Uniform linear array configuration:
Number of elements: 64
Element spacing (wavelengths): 0.25
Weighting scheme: cosine
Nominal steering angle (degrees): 60
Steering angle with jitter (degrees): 58.237
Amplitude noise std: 0.05
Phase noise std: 0.05

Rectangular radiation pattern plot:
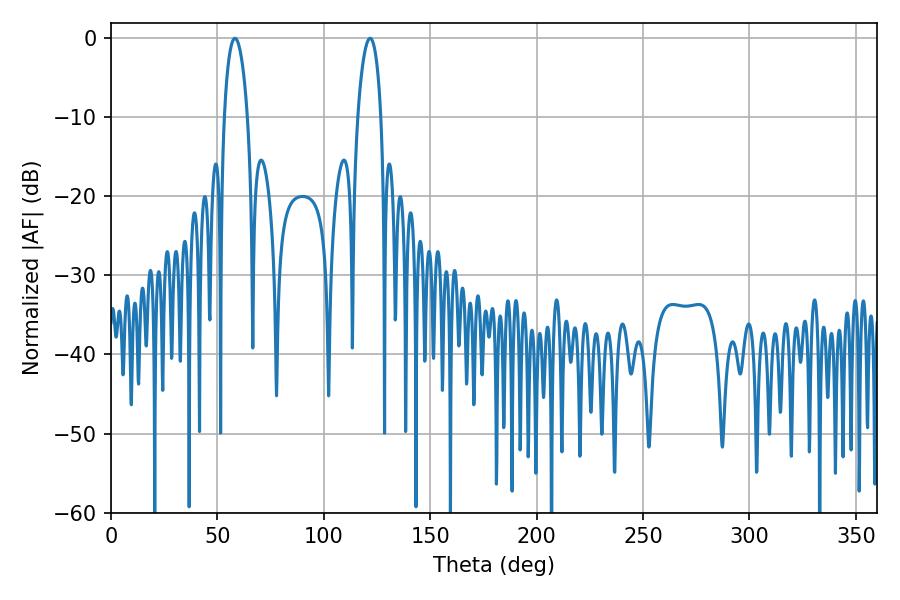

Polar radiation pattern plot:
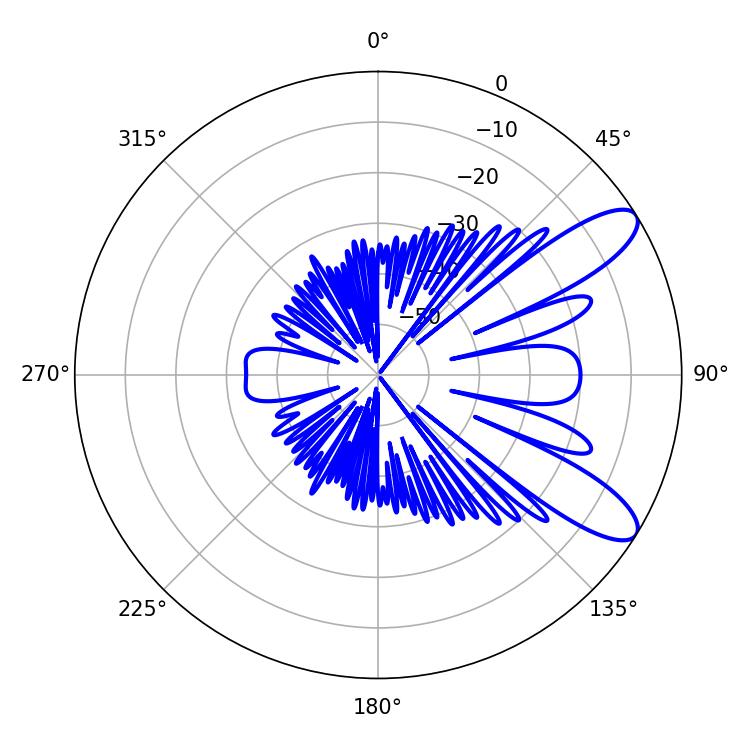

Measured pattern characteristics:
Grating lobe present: FALSE
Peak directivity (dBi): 9.894
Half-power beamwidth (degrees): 6.3
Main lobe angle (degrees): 121.68